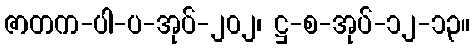
ဇာတက-ပါ-ပ-အုပ်-၂၀၂၊ ဋ္ဌ-စ-အုပ်-၁၂-၁၃။